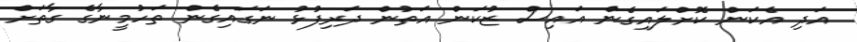
އަދި އެކަން ކޮށްލައިގެން އައިސް ޒުކަން އަތުން ދަރިފުޅު ނަގައިގެން ތަހުމީނާގެ ގާތަށް